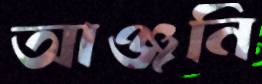
আঞ্জনি